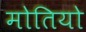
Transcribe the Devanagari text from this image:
मोतियो